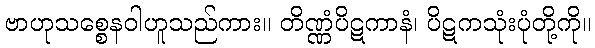
ဗာဟုသစ္စေနဝါဟူသည်ကား။ တိဏ္ဏံပိဋကာနံ၊ ပိဋကသုံးပုံတို့ကို။